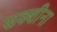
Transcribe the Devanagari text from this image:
सक्शीना